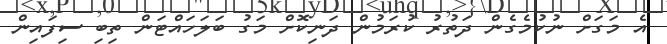
އެ މަގަށް ނުކުމެގެން ދަތުރު ކުރަމުން ދަނިކޮށް މަގު ބަލަހައްޓަން ތިބި ސިފައިން